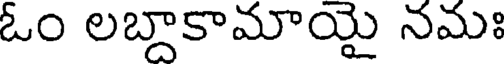
ఓం లబ్దాకామాయై నమః